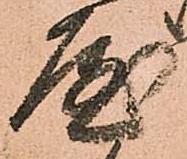
屋